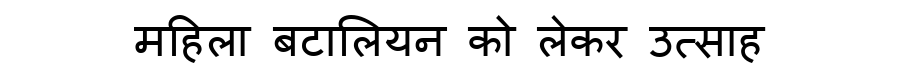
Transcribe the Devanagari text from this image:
महिला बटालियन को लेकर उत्साह